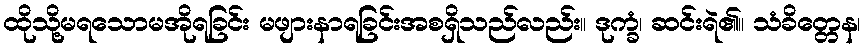
ထိုသို့မရသောမအိုရခြင်း မဖျားနာရခြင်းအစရှိသည်လည်း။ ဒုက္ခံ၊ ဆင်းရဲ၏။ သံခိတ္တေန၊